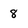
Character: 8